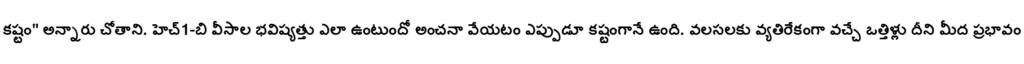
కష్టం" అన్నారు చోతాని. హెచ్1-బి వీసాల భవిష్యత్తు ఎలా ఉంటుందో అంచనా వేయటం ఎప్పుడూ కష్టంగానే ఉంది. వలసలకు వ్యతిరేకంగా వచ్చే ఒత్తిళ్లు దీని మీద ప్రభావం